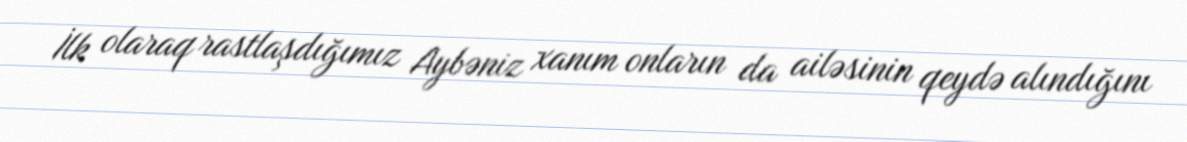
İlk olaraq rastlaşdığımız Aybəniz xanım onların da ailəsinin qeydə alındığını